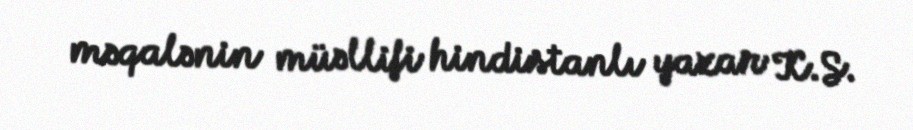
məqalənin müəllifi hindistanlı yazar K.S.